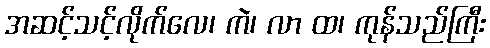
အဆင့်သင့်လိုက်လေ၊ ကဲ၊ လာ ထ၊ ကုန်သည်ကြီး